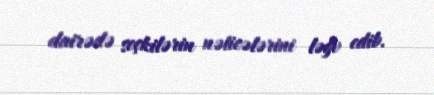
dairədə seçkilərin nəticələrini ləğv edib.